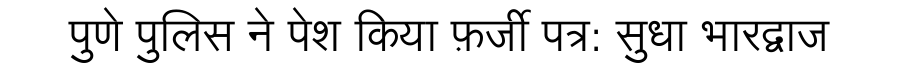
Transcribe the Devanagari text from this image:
पुणे पुलिस ने पेश किया फ़र्जी पत्र: सुधा भारद्वाज